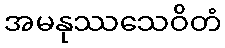
အမနုဿသေဝိတံ